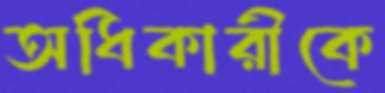
অধিকারীকে